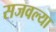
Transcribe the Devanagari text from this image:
सजवल्या